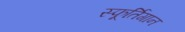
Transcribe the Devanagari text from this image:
स्फूर्तिगान